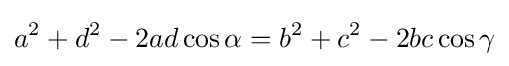
a^{2}+d^{2}-2ad\cos \alpha =b^{2}+c^{2}-2bc\cos \gamma